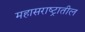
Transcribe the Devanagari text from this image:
महासराष्ट्रातील